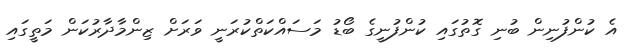
އެ ކުންފުނިން ބުނި ގޮތުގައި ކުންފުނީގެ ބޯޑު މަސައްކަތްކުރަނީ ވަރަށް ޒިންމާދާރުކަން މަތީގައި